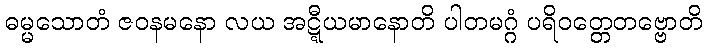
ဓမ္မသောတံ ဇဝနမနော လယ အဋ္ဋီယမာနောတိ ပါတမဂ္ဂံ ပရိဝတ္တေတဗ္ဗောတိ